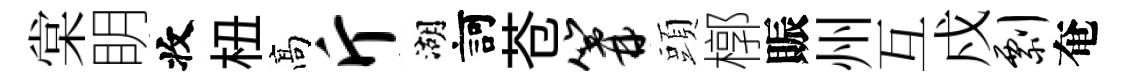
棠眀收杻髙斤湖訶苍篝頭槨賑州互戍剽奄